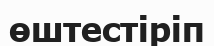
өштестіріп